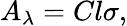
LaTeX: A_{\lambda}=Cl\sigma,